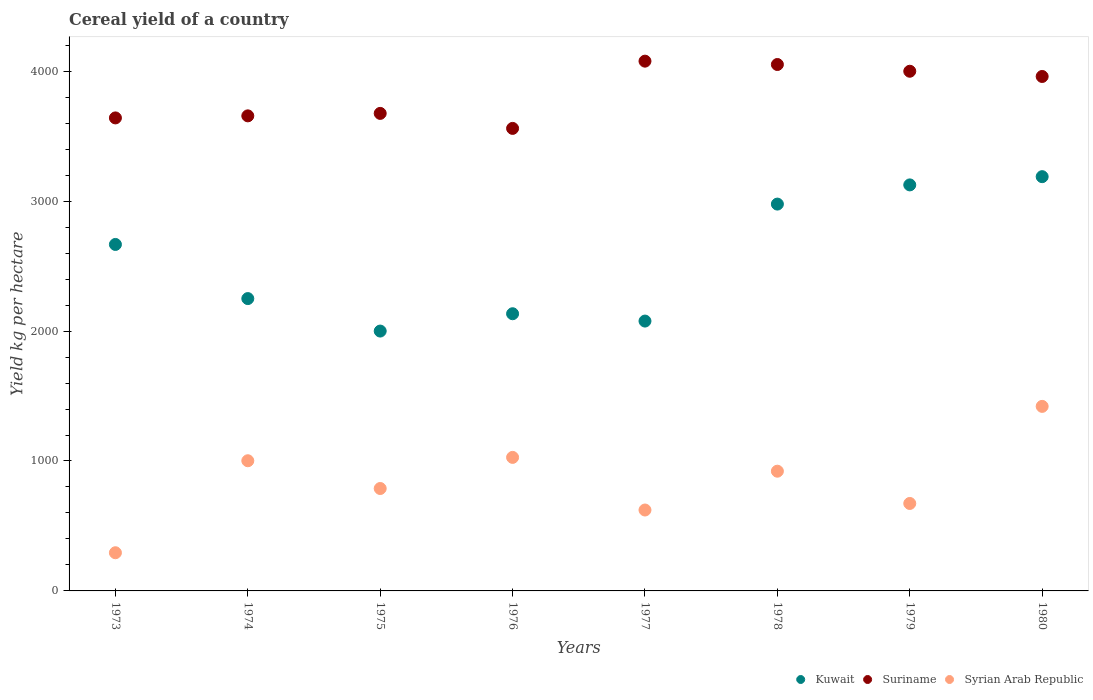
| Years | Kuwait | Suriname | Syrian Arab Republic |
 | --- | --- | --- | --- |
 | 1973 | 2.67e+03 | 3.64e+03 | 294 |
 | 1974 | 2.25e+03 | 3.66e+03 | 1e+03 |
 | 1975 | 2e+03 | 3.68e+03 | 788 |
 | 1976 | 2.13e+03 | 3.56e+03 | 1.03e+03 |
 | 1977 | 2.08e+03 | 4.08e+03 | 623 |
 | 1978 | 2.98e+03 | 4.05e+03 | 921 |
 | 1979 | 3.12e+03 | 4e+03 | 673 |
 | 1980 | 3.19e+03 | 3.96e+03 | 1.42e+03 |